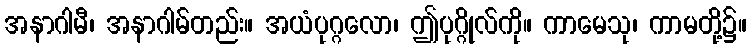
အနာဂါမီ၊ အနာဂါမ်တည်း။ အယံပုဂ္ဂလော၊ ဤပုဂ္ဂိုလ်ကို။ ကာမေသု၊ ကာမတို့၌။